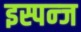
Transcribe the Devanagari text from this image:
इस्पन्ज